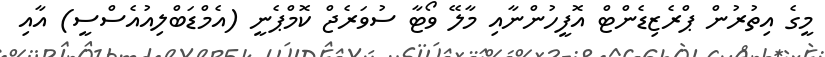
މީގެ އިތުރުން ޕްރެޒިޑެންޓް އޮފީހުންނާއި މާލޭ ވޯޓާ ސުވަރެޖް ކޮމްޕެނީ (އެމްޑަބްލިއުއެސްސީ) އާއި